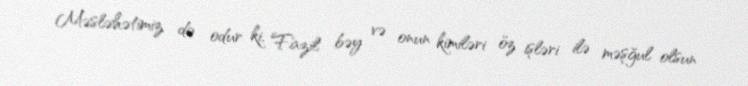
Məsləhətimiz də odur ki, Fazil bəy və onun kimiləri öz işləri ilə məşğul olsun